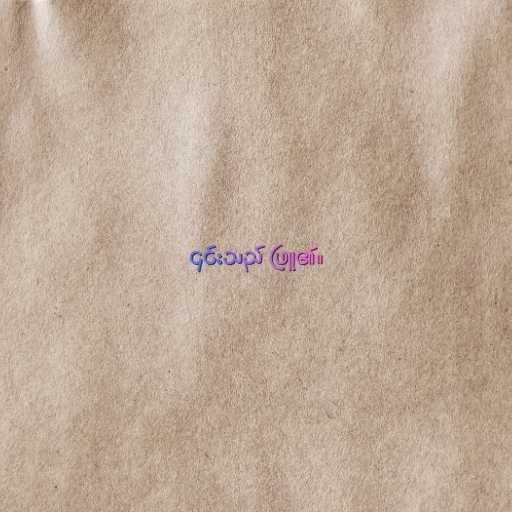
၎င်းသည် ဖြူ၏။